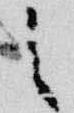
之